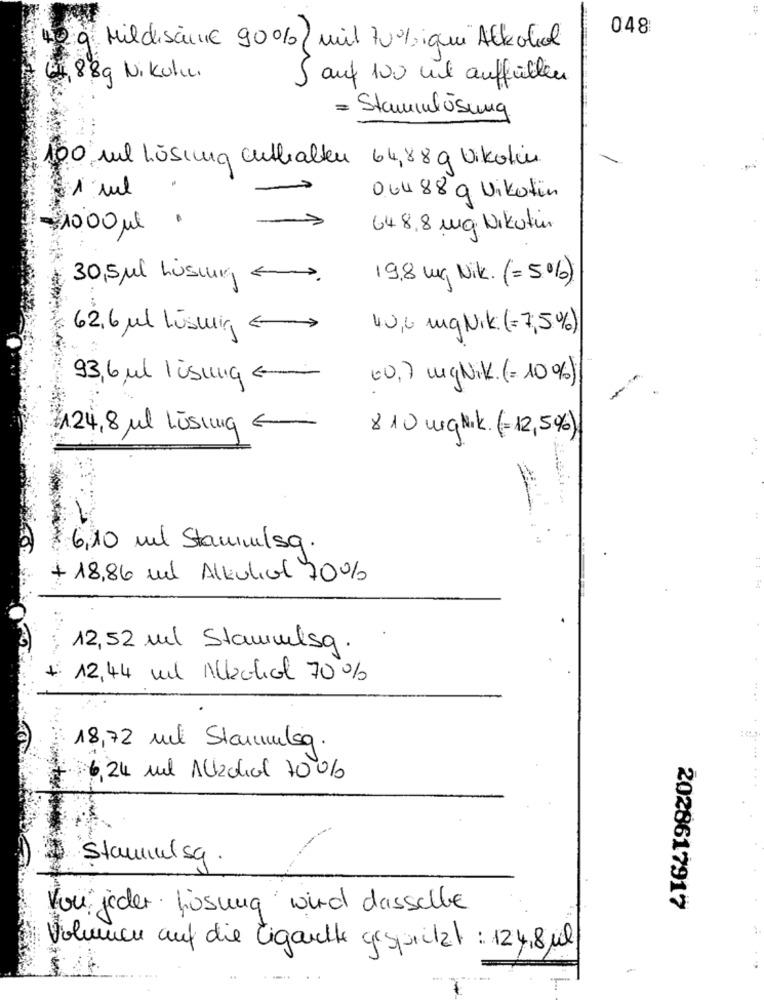
048
à Mildiscine 90%/ mil 70% iqui Alkohol
889 Nikului
5 auf 100 ml auffüllen
= Stammlösung
100 ml lösung enthalten 64,88g Nikotin
06488 9 Nikotin
648,8 mg Nikotin
10,00 Ml
30,5 ml husing <
19,8 mg Nik. (=5%)
62,6 ul luswir €
40,6 mq Nik(=7,5%)
93,6 ul lisunge
00,7 mqNik. (=10%)
-
A24,8 ml Lösung €
810 mgNik. (=12,5%)
6,10 ml Stammelsq.
+ 18,86 mil Alkulidl 70%
12,52 ml Stammelsg .
12,44 ml Alkohol 70%
18,72 ml Stammuleg .
6,24 ml Alkohol 700%
Stamnulsa.
Von jeder fiosung wird dasschle
2028617917
Volumen auf die Zigarette gespritzt : 124,8 mil
-